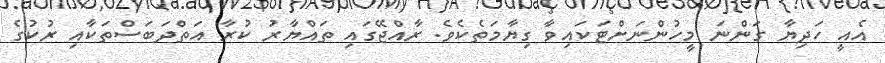
އެއީ ހަދިޔާ ގަންނަ މީހުންނަށްޓަކައިވާ ގިޔާމަތެކެވެ. ރާއްޖޭގައި ތައްޔާރު ކުރާ އަތްދަބަސްތަކާއި ރުކުގެ